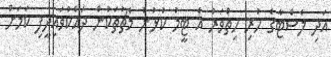
އަދި ލެސްޓާގެ ހުރި ހިތްވަރު އެ ޓީމު ކުޅުނު މެޗުތަކުން ދައްކުވައިދީފި ކަމަށް